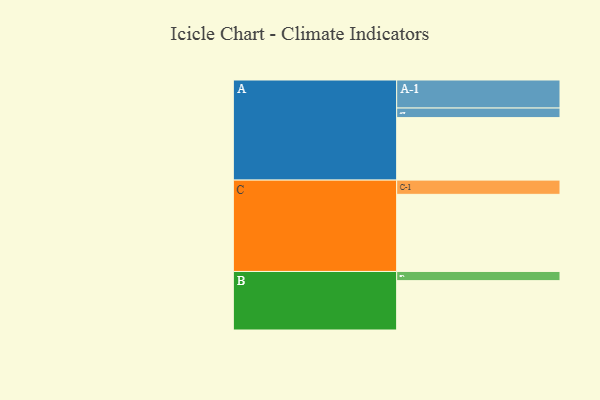
{"axis": {"x": "Segment", "y": "Value"}, "legend": ["", "A", "B", "C"], "data": [{"x": "A", "y": 457, "type": ""}, {"x": "B", "y": 361, "type": ""}, {"x": "C", "y": 564, "type": ""}, {"x": "A-1", "y": 205, "type": "A"}, {"x": "A-2", "y": 70, "type": "A"}, {"x": "B-1", "y": 67, "type": "B"}, {"x": "C-1", "y": 104, "type": "C"}]}